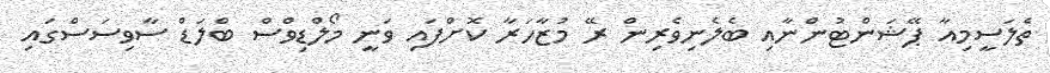
ތެލަސީމިއާ ޕޭޝަންޓުންނާއި ބެލެނިވެރިން ރޭ މުޒާހަރާ ކޮށްފައި ވަނީ މޯލްޑިވްސް ބްލަޑް ސާވިސަސްގައި